Cholera in India, 1862 to 1881
Year: 1862
Disease focus: Cholera
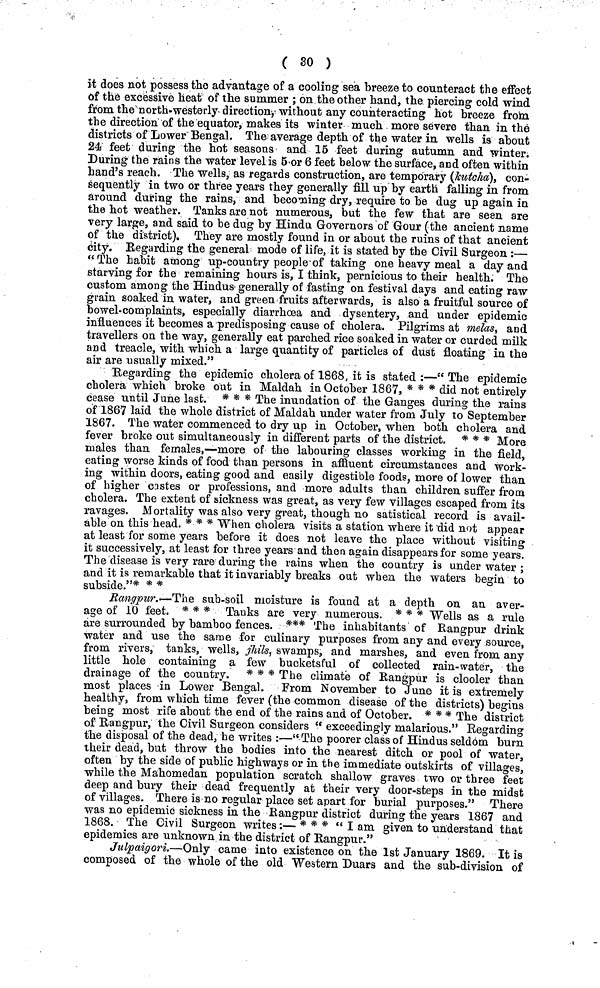
( so )
it does not possess the advantage of a cooling sea breeze to counteract the effect
of the excessive heat of the summer ; on the other hand, the piercing cold wind
from the north-westerly direction, without any counteracting hot breeze from
the direction of the equator, makes its winter much more severe than in the
districts of Lower Bengal. The average depth of the water in wells is about
24 feet during the hot seasons and 15 feet during autumn and winter.
During the rains the water level is 5 or 6 feet below the surface, and often within
hand's reach. The wells, as regards construction, are temporary (kutcha), con-
sequently in two or three years they generally fill up by earth falling in from
around during the rains, and becoming dry, require to be dug up again in
the hot weather. Tanks are not numerous, but the few that are seen are
very large, and said to be dug by Hindu Governors of Gour (the ancient name
of the district). They are mostly found in or about the ruins of that ancient
city. Regarding the general mode of life, it is stated by the Civil Surgeon :—
" The habit among up-country people of taking one heavy meal a day and
starving for the remaining hours is, I think, pernicious to their health. The
custom among the Hindus generally of fasting on festival days and eating raw
grain soaked in water, and green fruits afterwards, is also a fruitful source of
bowel-complaints, especially diarrhœa and dysentery, and under epidemic
influences it becomes a predisposing cause of cholera. Pilgrims at melas, and
travellers on the way, generally eat parched rice soaked in water or curded milk
and treacle, with which a large quantity of particles of dust floating in the
air are usually mixed."
Regarding the epidemic cholera of 1868 it is stated :—" The epidemic
cholera which broke out in Maldah in October 1867, * * * did not entirely
cease until June last. * * * The inundation of the Ganges during the rains
of 1867 laid the whole district of Maldah under water from July to September
1867. The water commenced to dry up in October, when both cholera and
fever broke out simultaneously in different parts of the district. * * * More
males than females,—more of the labouring classes working in the field,
eating worse kinds of food than persons in affluent circumstances and work-
ing within doors, eating good and easily digestible foods, more of lower than
of higher castes or professions, and more adults than children suffer from
cholera. The extent of sickness was great, as very few villages escaped from its
ravages. Mortality was also very great, though no satistical record is avail-
able on this head. * * * When cholera visits a station where it did not appear
at least for some years before it does not leave the place without visiting
it successively, at least for three years and then again disappears for some years.
The disease is very rare during the rains when the country is under water ;
and it is remarkable that it invariably breaks out when the waters begin to
subside."* * *
Rangpur.—The sub-soil moisture is found at a depth on an aver-
age of 10 feet. * * * Tanks are very numerous. * * * Wells as a rule
are surrounded by bamboo fences. *** The inhabitants of Rangpur drink
water and use the same for culinary purposes from any and every source,
from rivers, tanks, wells, jhils, swamps, and marshes, and even from any
little hole containing a few bucketsful of collected rain-water, the
drainage of the country. * * * The climate of Rangpur is clooler than
most places in Lower Bengal. From November to June it is extremely
healthy, from which time fever (the common disease of the districts) begins
being most rife about the end of the rains and of October. * * * The district
of Rangpur, the Civil Surgeon considers " exceedingly malarious." Regarding
the disposal of the dead, he writes :—"The poorer class of Hindus seldom burn
their dead, but throw the bodies into the nearest ditch or pool of water,
often by the side of public highways or in the immediate outskirts of villages,
while the Mahomedan population scratch shallow graves two or three feet
deep and bury their dead frequently at their very door-steps in the midst
of villages. There is no regular place set apart for burial purposes." There
was no epidemic sickness in the Rangpur district during the years 1867 and
1868. The Civil Surgeon writes :— * * * "I am given to understand that
epidemics are unknown in the district of Rangpur."
Julpaigori.—Only came into existence on the 1st January 1869. It is
composed of the whole of the old Western Duars and the sub-division of